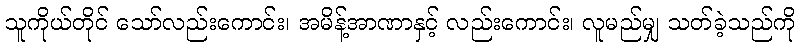
သူကိုယ်တိုင် သော်လည်းကောင်း၊ အမိန့်အာဏာနှင့် လည်းကောင်း၊ လူမည်မျှ သတ်ခဲ့သည်ကို